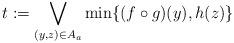
LaTeX: \begin{align*}t:=\bigvee\limits_{(y,z)\in A_a} {\min \{ (f \circ g)(y),h(z)\} } \end{align*}